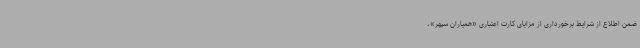
ضمن اطلاع از شرایط برخورداری از مزایای کارت اعتباری «همیاران سپهر»،